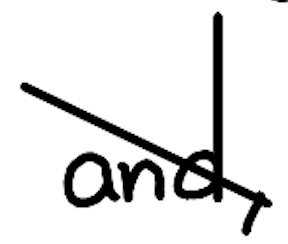
Text: and,
Cross-out: diagonal
Writing tool: digital_black